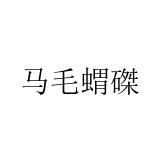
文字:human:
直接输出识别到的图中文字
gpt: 马毛蝟磔